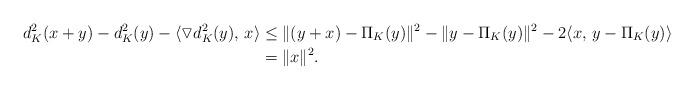
LaTeX: \begin{align*}d_{K}^2(x+y) - d_{K}^2(y) - \langle \triangledown d_{K}^2(y),\,x\rangle& \le \Vert (y +x) - \Pi_{K}(y) \Vert^2 - \Vert y - \Pi_{K}(y) \Vert^2 -2 \langle x,\, y - \Pi_{K}(y) \rangle \\ &= \Vert x \Vert^2. \end{align*}